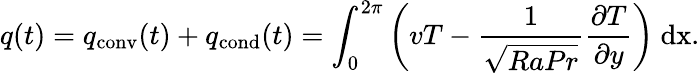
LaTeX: q(t)=q_{\mathrm{{conv}}}(t)+q_{\mathrm{{cond}}}(t)=\int_{0}^{2\pi}\left(vT-\frac{1}{\sqrt{RaPr}}\frac{\partial T}{\partial y}\right)\ \mathrm{{d}x.}